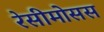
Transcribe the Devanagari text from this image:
रेसीमोसस